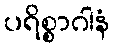
ပရိစ္စာဂါနံ